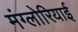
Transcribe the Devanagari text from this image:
मंग्लोरियाई